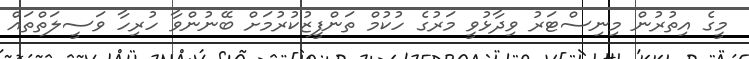
މީގެ އިތުރުން މިނިސްޓަރު ވިދާޅުވީ މަރުގެ ހުކުމް ތަންފީޒުކުރުމަށް ބޭނުންވާ ހުރިހާ ވަސީލަތްތައް